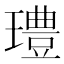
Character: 𰢓